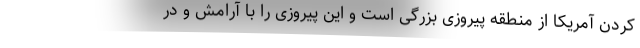
کردن آمریکا از منطقه پیروزی بزرگی است و این پیروزی را با آرامش و در